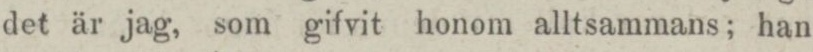
det är jag, som gifvit honom alltsammans; han